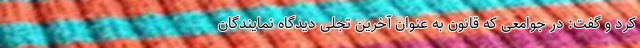
کرد و گفت: در جوامعی که قانون به عنوان آخرین تجلی دیدگاه نمایندگان